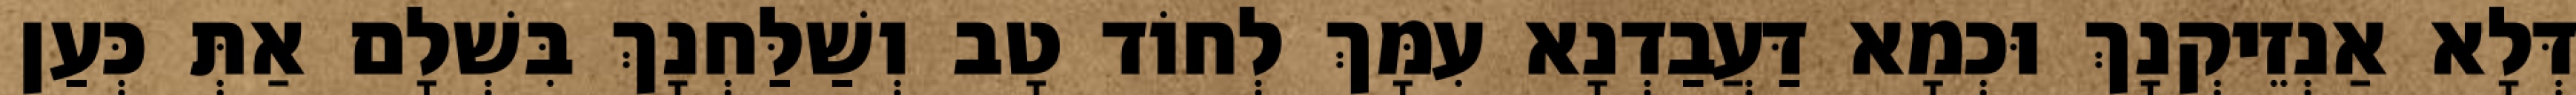
דְּלָא אַנְזֵיקְנָךְ וּכְמָא דַּעֲבַדְנָא עִמָּךְ לְחוֹד טָב וְשַׁלַּחְנָךְ בִּשְׁלָם אַתְּ כְּעַן